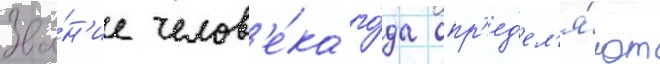
Зва́н'ие челов'е́ка го́да опр'ед'ел'я́ют